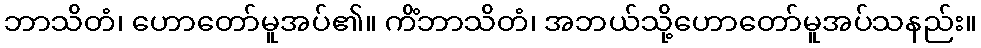
ဘာသိတံ၊ ဟောတော်မူအပ်၏။ ကိံဘာသိတံ၊ အဘယ်သို့ဟောတော်မူအပ်သနည်း။